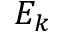
E _ { k }